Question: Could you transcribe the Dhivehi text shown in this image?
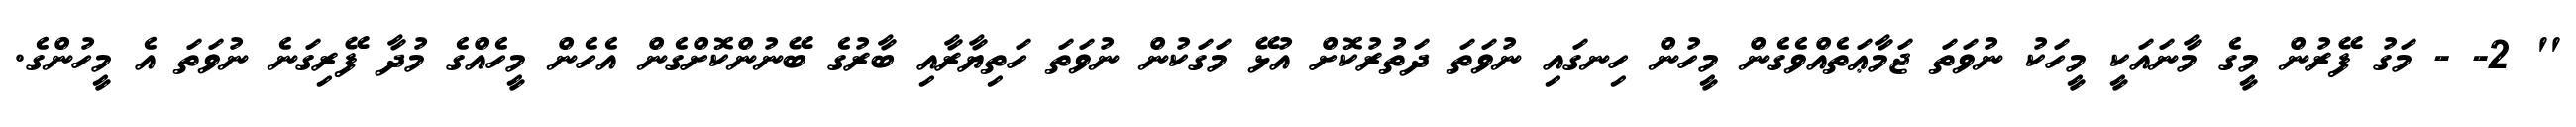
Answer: '' 2- - މަގު ފޭރުން މީގެ މާނައަކީ މީހަކު ނުވަތަ ޖަމާޢަތެއްވެގެން މީހުން ހިނގައި ނުވަތަ ދަތުރުކޮށް އުޅޭ މަގަކުން ނުވަތަ ހަތިޔާރާއި ބާރުގެ ބޭނުންކޮށްގެން އެހެން މީހެއްގެ މުދާ ފޭރިގަނެ ނުވަތަ އެ މީހުންގެ.